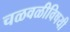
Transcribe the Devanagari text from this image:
चळवळीविषयी